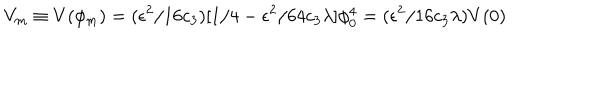
LaTeX: V _ { m } \equiv V ( \phi _ { m } ) = ( \epsilon ^ { 2 } / 1 6 c _ { 3 } ) [ 1 / 4 - \epsilon ^ { 2 } / 6 4 c _ { 3 } \lambda ] \phi _ { 0 } ^ { 4 } = ( \epsilon ^ { 2 } / 1 6 c _ { 3 } \lambda ) V ( 0 )